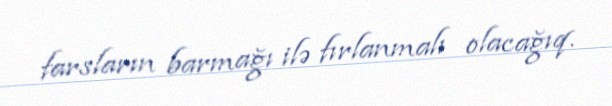
farsların barmağı ilə fırlanmalı olacağıq.